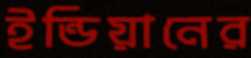
ইন্ডিয়ানের